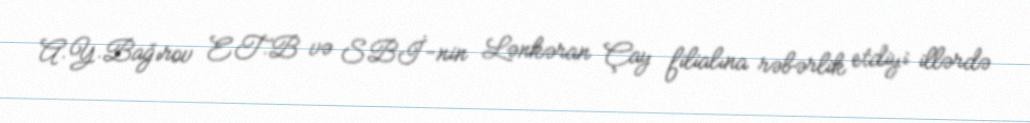
A.Y.Bağırov ET.B və SBİ-nin Lənkəran Çay filialına rəbərlik etdiyi illərdə